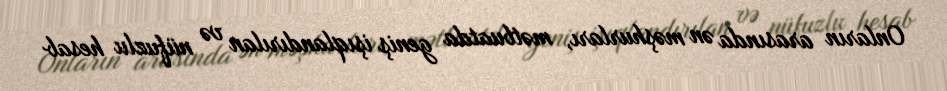
Onların arasında ən məşhurları, mətbuatda geniş işıqlandırılan və nüfuzlu hesab